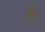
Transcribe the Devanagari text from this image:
हैैँँ।